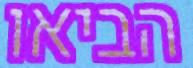
הביאו